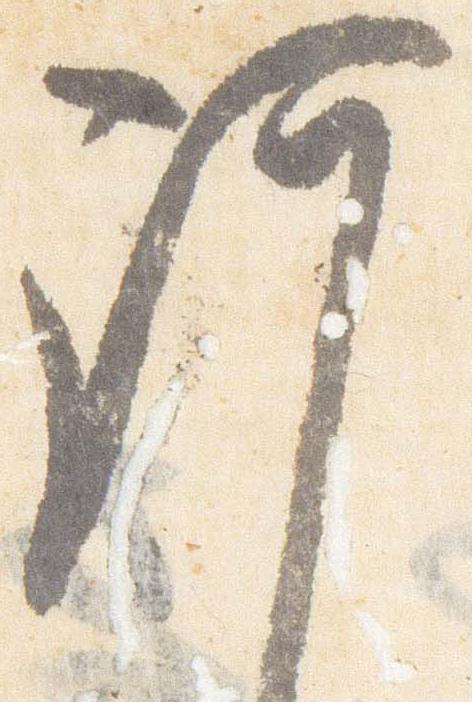
謹